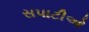
સપાટીઓ